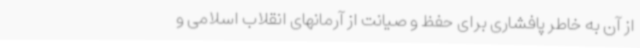
از آن به خاطر پافشاری برای حفظ و صیانت از آرمانهای انقلاب اسلامی و